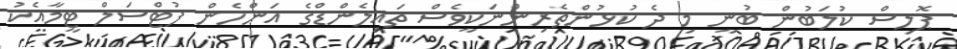
ޕޮލިސް ކުލަބުން ބުނީ މި ދެ ކުޅުންތެރިންނަކީވެސް ތައިލެންޑްގެ އަންހެން ފުޓްސަލް ޓީމާއެކު